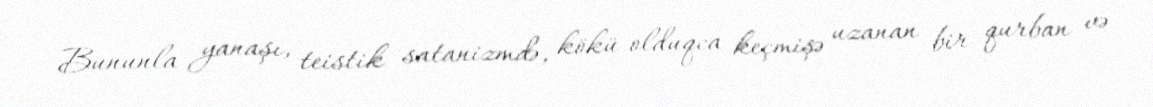
Bununla yanaşı, teistik satanizmdə, kökü olduqca keçmişə uzanan bir qurban və